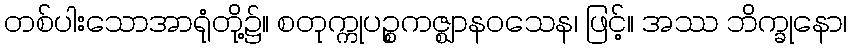
တစ်ပါးသောအာရုံတို့၌။ စတုက္ကုပဉ္စကဇ္ဈာနဝသေန၊ ဖြင့်။ အဿ ဘိက္ခုနော၊